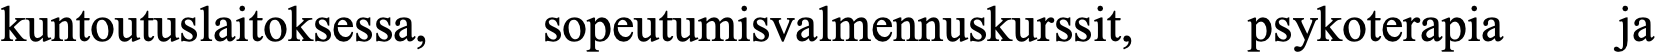
kuntoutuslaitoksessa, sopeutumisvalmennuskurssit, psykoterapia ja